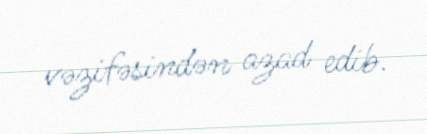
vəzifəsindən azad edib.